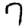
Digit: 7